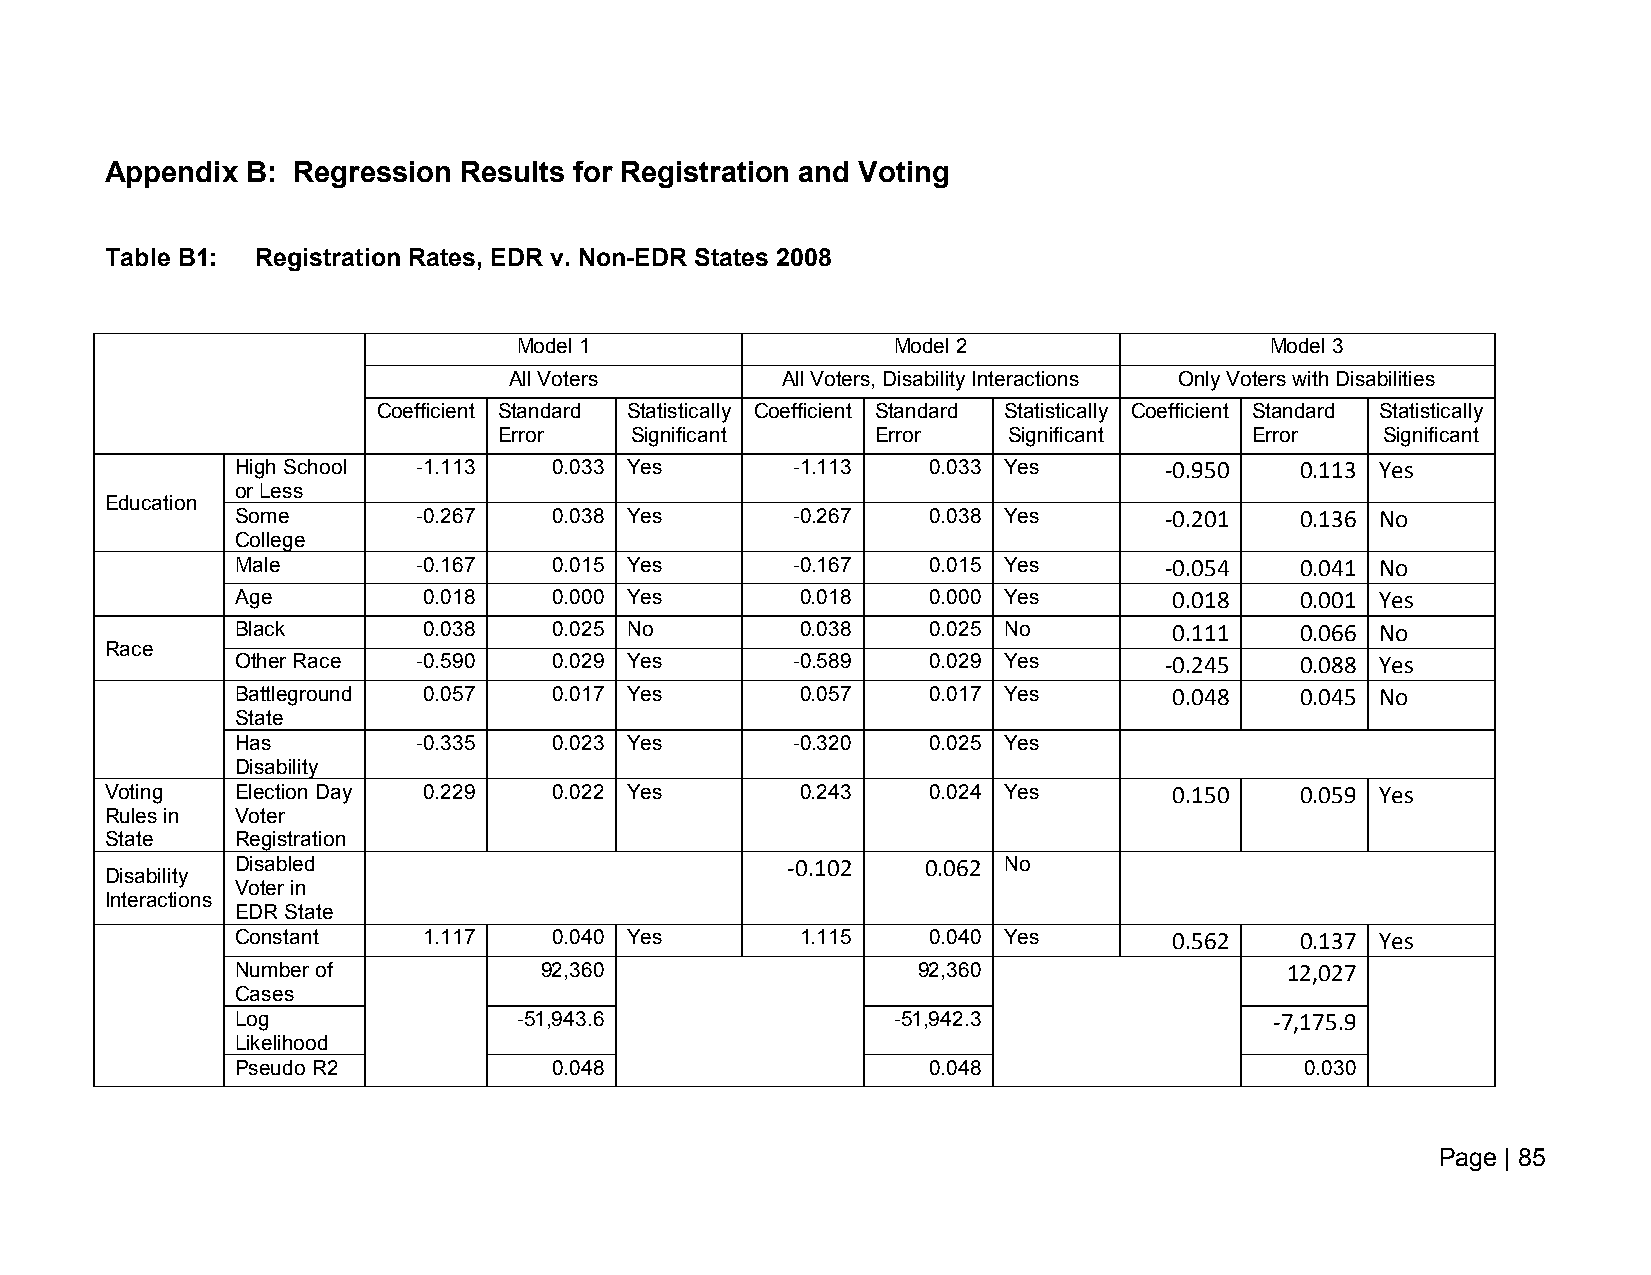
Appendix B: Regression Results for Registration and Voting
 Table B1: Registration Rates, EDR v. Non-EDR States 2008
 Model 1                  Model 2                  Model 3
 All Voters        All Voters, Disability Interactions Only Voters with Disabilities
 Coefficient Standard Statistically Coefficient Standard Statistically Coefficient Standard Statistically
 Error    Significant     Error    Significant     Error    Significant
 High School -1.113   0.033 Yes      -1.113   0.033 Yes       -0.950   0.113 Yes
 or Less
 Education
 Some        -0.267   0.038 Yes      -0.267   0.038 Yes       -0.201   0.136 No
 College
 Male        -0.167   0.015 Yes      -0.167   0.015 Yes       -0.054   0.041 No
 Age         0.018    0.000 Yes       0.018   0.000 Yes        0.018   0.001 Yes
 Black       0.038    0.025 No        0.038   0.025 No         0.111   0.066 No
 Race
 Other Race  -0.590   0.029 Yes      -0.589   0.029 Yes       -0.245   0.088 Yes
 Battleground 0.057   0.017 Yes       0.057   0.017 Yes        0.048   0.045 No
 State
 Has         -0.335   0.023 Yes      -0.320   0.025 Yes
 Disability
 Voting   Election Day 0.229   0.022 Yes       0.243   0.024 Yes        0.150   0.059 Yes
 Rules in Voter
 State    Registration
 Disabled                            -0.102   0.062 No
 Disability
 Voter in
 Interactions
 EDR State
 Constant    1.117    0.040 Yes       1.115   0.040 Yes        0.562   0.137 Yes
 Number of           92,360                   92,360                  12,027
 Cases
 Log               -51,943.6                -51,942.3                -7,175.9
 Likelihood
 Pseudo R2            0.048                   0.048                    0.030
 Page | 85